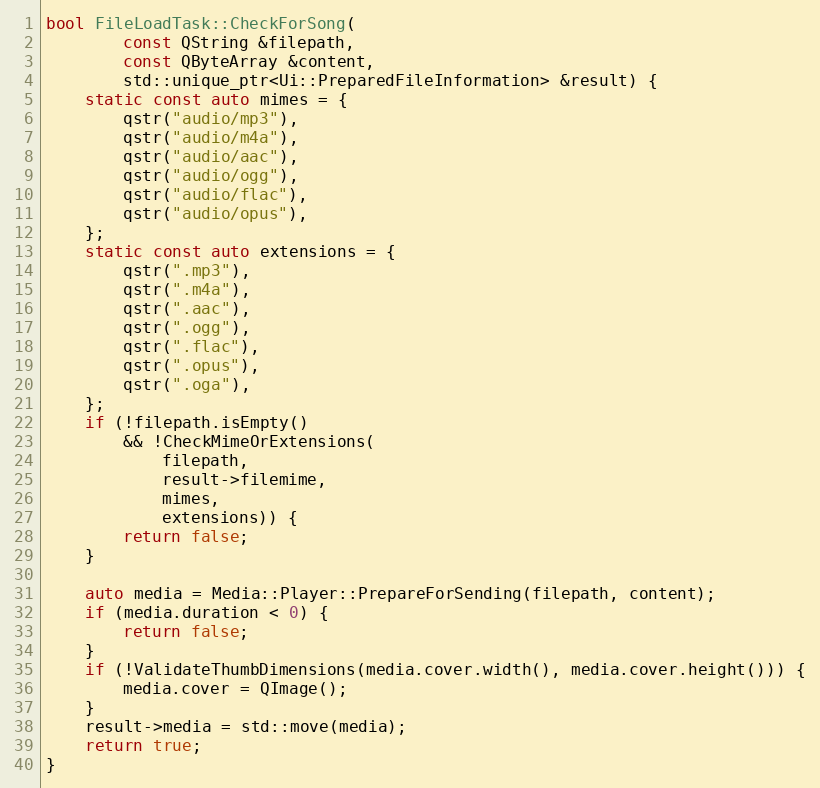
Language: C++
bool FileLoadTask::CheckForSong(
		const QString &filepath,
		const QByteArray &content,
		std::unique_ptr<Ui::PreparedFileInformation> &result) {
	static const auto mimes = {
		qstr("audio/mp3"),
		qstr("audio/m4a"),
		qstr("audio/aac"),
		qstr("audio/ogg"),
		qstr("audio/flac"),
		qstr("audio/opus"),
	};
	static const auto extensions = {
		qstr(".mp3"),
		qstr(".m4a"),
		qstr(".aac"),
		qstr(".ogg"),
		qstr(".flac"),
		qstr(".opus"),
		qstr(".oga"),
	};
	if (!filepath.isEmpty()
		&& !CheckMimeOrExtensions(
			filepath,
			result->filemime,
			mimes,
			extensions)) {
		return false;
	}

	auto media = Media::Player::PrepareForSending(filepath, content);
	if (media.duration < 0) {
		return false;
	}
	if (!ValidateThumbDimensions(media.cover.width(), media.cover.height())) {
		media.cover = QImage();
	}
	result->media = std::move(media);
	return true;
}